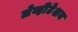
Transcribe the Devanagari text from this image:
लेव्हीटेशन